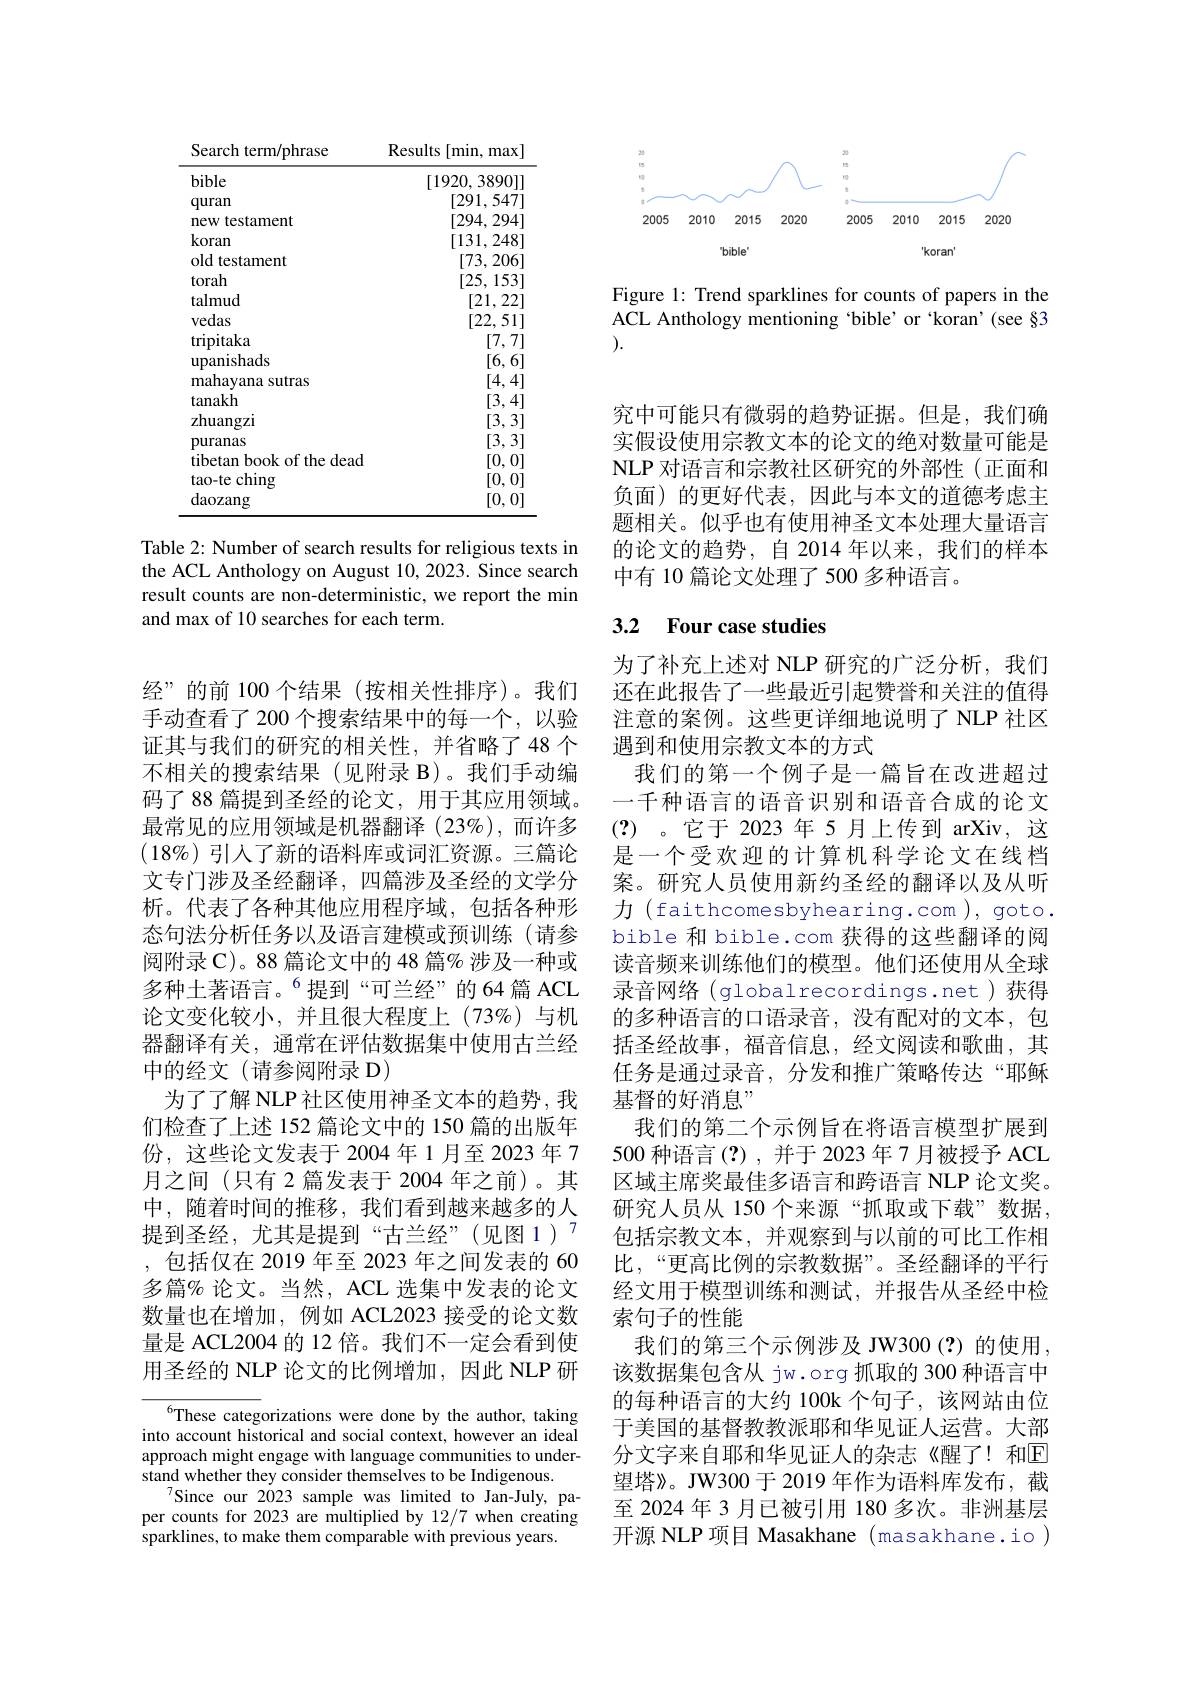
<FigureHere>

Figure 1: Trend sparklines for counts of papers in the ACL Anthology mentioning 'bible’or koran'(see §3 ).

<table>
	<tbody>
		<tr>
			<th>Search term/phrase</th>
			<th>Results $\therefore\angle AC=\angle AC$ [min, max</th>
		</tr>
		<tr>
			<td>bible</td>
			<td>[1920,3890]</td>
		</tr>
		<tr>
			<td>quran</td>
			<td>$\lceil291,547\rceil$</td>
		</tr>
		<tr>
			<td>new testament</td>
			<td>[294,294]</td>
		</tr>
		<tr>
			<td>koran</td>
			<td>[131,248]</td>
		</tr>
		<tr>
			<td>old testament</td>
			<td>[73,206]</td>
		</tr>
		<tr>
			<td>torah</td>
			<td>[25,153]</td>
		</tr>
		<tr>
			<td>talmud</td>
			<td>[21,22]</td>
		</tr>
		<tr>
			<td>vedas</td>
			<td>[22,51]</td>
		</tr>
		<tr>
			<td>$\operatorname{tripitaka}$</td>
			<td>[7,7]</td>
		</tr>
		<tr>
			<td>upanishads</td>
			<td>[6,6]</td>
		</tr>
		<tr>
			<td>mahayana sutras</td>
			<td>[4,4]</td>
		</tr>
		<tr>
			<td>tanakh</td>
			<td>[3,4]</td>
		</tr>
		<tr>
			<td>zhuangzi</td>
			<td>[3,3]</td>
		</tr>
		<tr>
			<td>puranas</td>
			<td>[3,3]</td>
		</tr>
		<tr>
			<td>tibetan book of the dead</td>
			<td>[0,0]</td>
		</tr>
		<tr>
			<td>tao-te ching</td>
			<td>[0,0]</td>
		</tr>
		<tr>
			<td>daozang</td>
			<td>[0,0]</td>
		</tr>
	</tbody>
</table>

Table 2: Number of search results for religious texts in the ACL Anthology on August 10,2023. Since search result counts are non-deterministic, we report the min and max of 10 searches for each term.

经”的前 100 个结果 (按相关性排序)。我们手动查看了 200 个搜索结果中的每一个，以验证其与我们的研究的相关性，并省略了48 个不相关的搜索结果(见附录 B)。我们手动编码了 88 篇提到圣经的论文，用于其应用领域。最常见的应用领域是机器翻译(23%),而许多$(18\%)$引人了新的语料库或词汇资源。三篇论文专门涉及圣经翻译，四篇涉及圣经的文学分析。代表了各种其他应用程序域，包括各种形态句法分析任务以及语言建模或预训练(请参阅附录 C)。88 篇论文中的 48 篇% 涉及一种或多种土著语言。$^{6}$提到“可兰经”的64篇 ACL 论文变化较小，并且很大程度上(73%)与机器翻译有关，通常在评估数据集中使用古兰经中的经文(请参阅附录 D)
为了了解 NLP 社区使用神圣文本的趋势，我们检查了上述 152 篇论文中的 150 篇的出版年份，这些论文发表于 2004年1月至 2023 年 7月之间(只有 2篇发表于 2004 年之前)。其中，随着时间的推移，我们看到越来越多的人提到圣经，尤其是提到“古兰经”(见图 1)” ,包括仅在 2019 年至 2023 年之间发表的 60多篇% 论文。当然，ACL 选集中发表的论文数量也在增加，例如 ACL2023 接受的论文数量是 ACL2004 的 12 倍。我们不一定会看到使用圣经的 NLP 论文的比例增加，因此 NLP 研

$^{6}$These categorizations were done by the author, taking into account historical and social context, however an ideal approach might engage with language communities to understand whether they consider themselves to be Indigenous.
Since our 2023 sample was limited to Jan-July, paper counts for 2023 are multiplied by 12/7 when creating sparklines, to make them comparable with previous years.

究中可能只有微弱的趋势证据。但是，我们确实假设使用宗教文本的论文的绝对数量可能是NLP 对语言和宗教社区研究的外部性(正面和负面)的更好代表，因此与本文的道德考虑主题相关。似乎也有使用神圣文本处理大量语言的论文的趋势，自 2014 年以来，我们的样本中有 10 篇论文处理了 500 多种语言。

# 3.2 Four case studies

为了补充上述对 NLP 研究的广泛分析，我们还在此报告了一些最近引起赞誉和关注的值得注意的案例。这些更详细地说明了 NLP 社区遇到和使用宗教文本的方式
我们的第一个例子是一篇旨在改进超过一千种语言的语音识别和语音合成的论文(?)。它于 2023年5月上传到 arXiv,这是一个受欢迎的计算机科学论文在线档案。研究人员使用新约圣经的翻译以及从听力 (faithcomesbyhearing.com), goto. bible 和 bible.com 获得的这些翻译的阅读音频来训练他们的模型。他们还使用从全球录音网络(globalrecordings.net)获得的多种语言的口语录音，没有配对的文本，包括圣经故事，福音信息，经文阅读和歌曲，其任务是通过录音，分发和推广策略传达“耶稣基督的好消息”
我们的第二个示例旨在将语言模型扩展到500 种语言(?),并于 2023 年 7 月被授予 ACL 区域主席奖最佳多语言和跨语言 NLP 论文奖。研究人员从 150 个来源 “抓取或下载”数据， 包括宗教文本，并观察到与以前的可比工作相比，“更高比例的宗教数据”。圣经翻译的平行经文用于模型训练和测试，并报告从圣经中检索句子的性能
我们的第三个示例涉及 JW300(?)的使用， 该数据集包含从 jw.org 抓取的 300 种语言中的每种语言的大约 100k 个句子，该网站由位于美国的基督教教派耶和华见证人运营。大部分文字来自耶和华见证人的杂志《醒了！和回望塔》。JW300 于 2019 年作为语料库发布，截至 2024 年 3 月已被引用 180 多次。非洲基层开源 NLP 项目 Masakhane (masakhane.io)